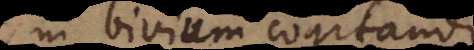
in bivium cogitandi